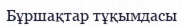
Бұршақтар тұқымдасы